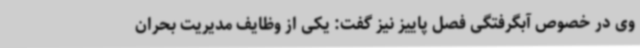
وی در خصوص آبگرفتگی فصل پاییز نیز گفت: یکی از وظایف مدیریت بحران